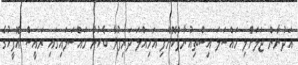
އަދުނާން ޖަލަށްލި މައްސަލަ އިސްތިއުނާފްކޮށްފި އަމިއްލަ ދަރިފުޅާ ބެހުނު މައްސަލައިގައި ރައީސް އޮފީހުގެ